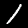
Label: 1